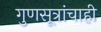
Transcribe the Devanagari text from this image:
गुणसूत्रांचाही